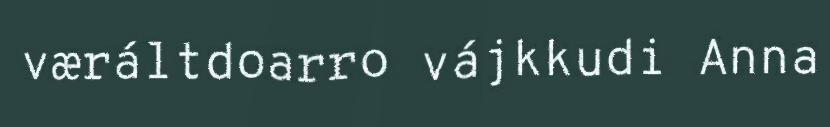
væráltdoarro vájkkudi Anna